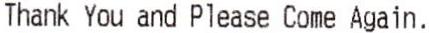
THANK YOU AND PLEASE COME AGAIN.